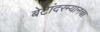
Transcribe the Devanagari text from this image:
बेटांदरम्यानचा